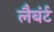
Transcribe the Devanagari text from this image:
लैबंर्ट